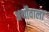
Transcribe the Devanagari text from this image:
अर्थोंवाला